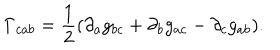
\Gamma _ { c a b } = \frac 1 2 ( \partial _ { a } g _ { b c } + \partial _ { b } g _ { a c } - \partial _ { c } g _ { a b } ) .